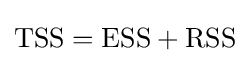
\mathrm {TSS} =\mathrm {ESS} +\mathrm {RSS}